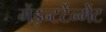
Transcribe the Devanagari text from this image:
मेंइन्टर्टेन्मेंट